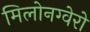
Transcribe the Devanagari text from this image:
मिलोनग्वेरो